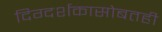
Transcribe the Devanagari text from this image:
दिग्दर्शकासोबतही